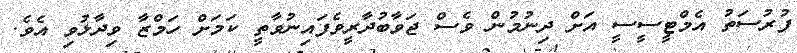
ފުރުސަތު އެމްޓީސީސީ އަށް ދިނުމުން ވެސް ޖަވާބުދާރީވެފައިނުވާތީ ކަމަށް ހަމްޒާ ވިދާޅުވި އެވެ.